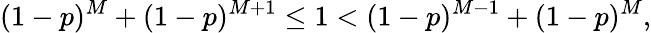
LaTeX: (1-p)^{M}+(1-p)^{M+1}\leq 1<(1-p)^{M-1}+(1-p)^{M},